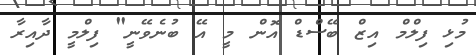
މުޅި ފިލްމް އިޒް ބޭސްޑް އޮން މީ އޭ ބުނެވޭނީ" ފިލްމީ ދާއިރާ